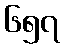
၆၅၇